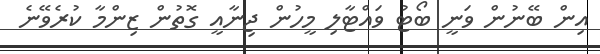
އިން ބޭނުން ވަނީ ބޯޓު ވައްޓާލި މީހުން ޖިނާއީ ގޮތުން ޒިންމާ ކުރެވޭނެ